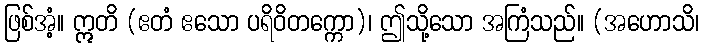
ဖြစ်အံ့။ ဣတိ (ဧတံ ဧသော ပရိဝိတက္ကော)၊ ဤသို့သော အကြံသည်။ (အဟောသိ၊